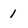
Character: 1